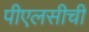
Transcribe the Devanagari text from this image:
पीएलसीची